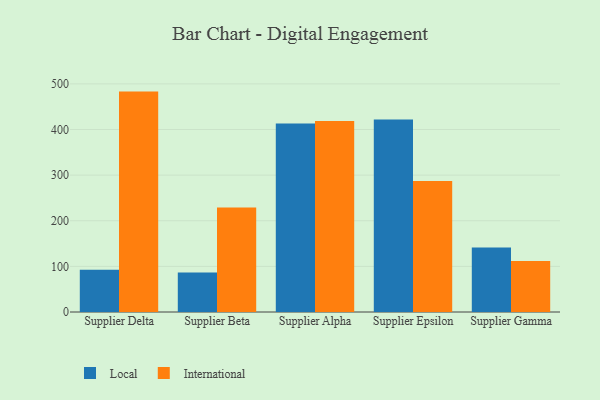
{"axis": {"x": "Supplier", "y": "Bounce Rate (%)"}, "legend": ["International", "Local"], "data": [{"x": "Supplier Delta", "y": 92.7, "type": "Local"}, {"x": "Supplier Delta", "y": 483.1, "type": "International"}, {"x": "Supplier Beta", "y": 86.6, "type": "Local"}, {"x": "Supplier Beta", "y": 229.2, "type": "International"}, {"x": "Supplier Alpha", "y": 413.0, "type": "Local"}, {"x": "Supplier Alpha", "y": 418.7, "type": "International"}, {"x": "Supplier Epsilon", "y": 422.1, "type": "Local"}, {"x": "Supplier Epsilon", "y": 287.1, "type": "International"}, {"x": "Supplier Gamma", "y": 141.5, "type": "Local"}, {"x": "Supplier Gamma", "y": 111.6, "type": "International"}]}